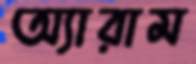
অ্যারাম